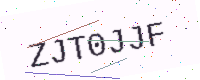
Text: ZJT0JJF